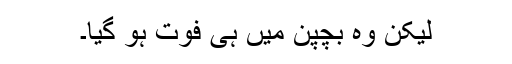
لیکن وہ بچپن میں ہی فوت ہو گیا۔